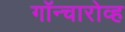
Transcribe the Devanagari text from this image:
गॉन्चारोव्ह